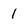
Character: 1